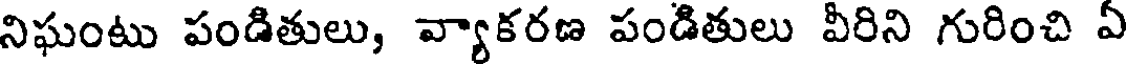
నిఘంటు పండితులు, వ్యాకరణ పండితులు వీరిని గురించి ఏ